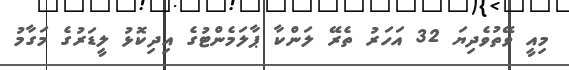
މިއީ ވޭތުވެދިޔަ 32 އަހަރު ތެރޭ ލަންކާ ޕާލަމެންޓުގެ އިދިކޮޅު ލީޑަރުގެ މަގާމު